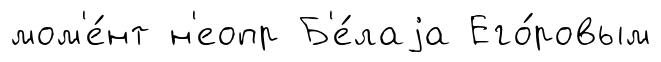
мом'е́нт н'еопр Б'е́лаjа Его́ровым